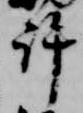
許